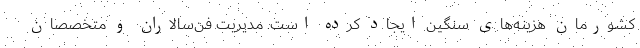
کشورمان هزینه‌های سنگین ایجاد کرده است. مدیریت فن‌سالاران و متخصصان